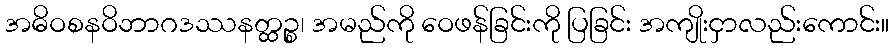
အဓိဝစနဝိဘာဂဒဿနတ္ထဉ္စ၊ အမည်ကို ဝေဖန်ခြင်းကို ပြခြင်း အကျိုးငှာလည်းကောင်း။